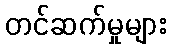
တင်ဆက်မှုများ